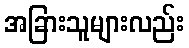
အခြားသူများလည်း